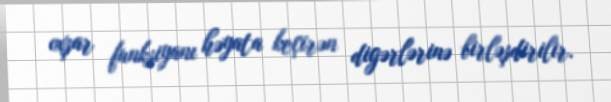
oxşar funksiyanı həyata keçirən digərlərinə birləşdirilir.